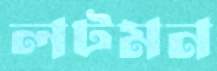
লটমন